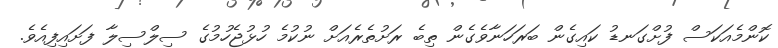
ކޮންމެއަކަސް ފުށްގަނޑު ކައިގެން ބަރަހަނާވެގެން ތިބެ ރަށުތެރެއަށް ނުކުމެ ހުޅުޖެހުމުގެ ސިލްސިލާ ފަށައިފިއެވެ.